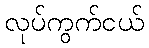
လုပ်ကွက်ငယ်